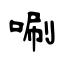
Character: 唰